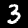
Digit: 3